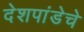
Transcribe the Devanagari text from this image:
देशपांडेचे